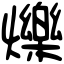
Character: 爍